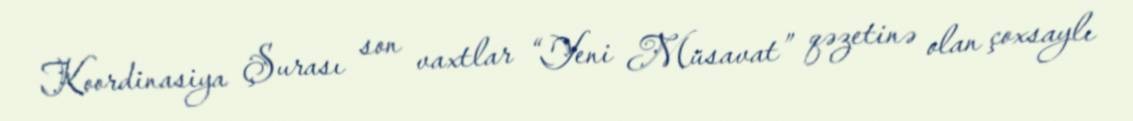
Koordinasiya Şurası son vaxtlar “Yeni Müsavat” qəzetinə olan çoxsaylı